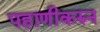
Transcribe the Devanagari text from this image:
पहाणीकरुन